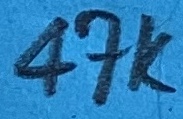
Text: 47K